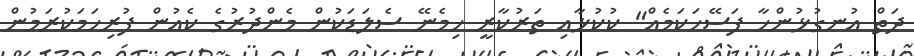
ދަތް އުނގުޅުންހާ ފަސޭހަކަމެއް" ކުކުޅާއި ތަރުކާރީ ހިމެނޭ ސެލަޑަކުން މެންދުރުގެ ކެއުން ފުރިހަމަކުރަމުން